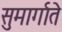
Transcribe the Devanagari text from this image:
सुमार्गाते